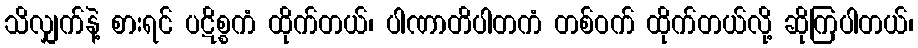
သိလျှက်နဲ့ စားရင် ပဋိစ္စကံ ထိုက်တယ်၊ ပါဏာတိပါတကံ တစ်ဝက် ထိုက်တယ်လို့ ဆိုကြပါတယ်၊